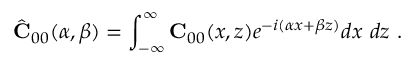
\hat { \bf C } _ { 0 0 } ( \alpha , \beta ) = \int _ { - \infty } ^ { \infty } { \bf C } _ { 0 0 } ( x , z ) e ^ { - i ( \alpha x + \beta z ) } d x \ d z \mathrm { ~ . ~ }